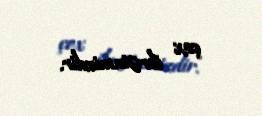
çox ibrətamizdir.